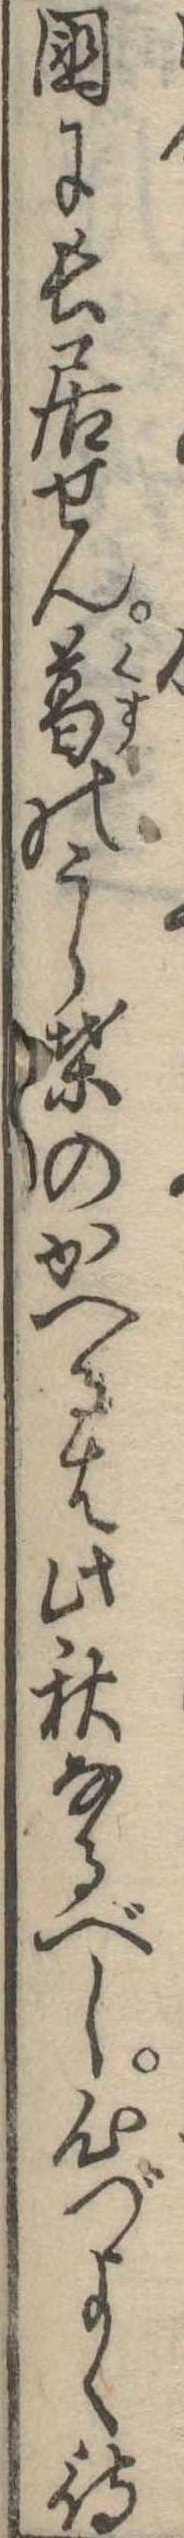
国に長居せん葛のうら葉のかへるは此秋なるべし心づよく待